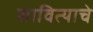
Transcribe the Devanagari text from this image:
सावित्याचे